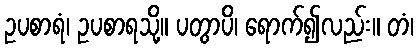
ဥပစာရံ၊ ဥပစာရသို့။ ပတွာပိ၊ ရောက်၍လည်း။ တံ၊